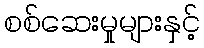
စစ်ဆေးမှုများနှင့်